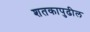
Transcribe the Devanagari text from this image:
शतकापुढील